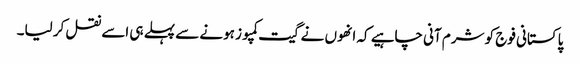
پاکستانی فوج کو شرم آنی چاہیے کہ انھوں نے گیت کمپوز ہونے سے پہلے ہی اسے نقل کر لیا۔